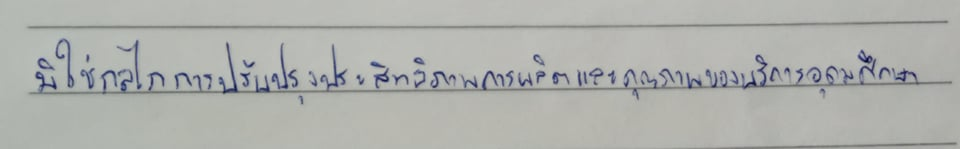
มิใช่กลไกในการปรับปรุงประสิทธิภาพการผลิตและคุณภาพของบริการอุดมศึกษา